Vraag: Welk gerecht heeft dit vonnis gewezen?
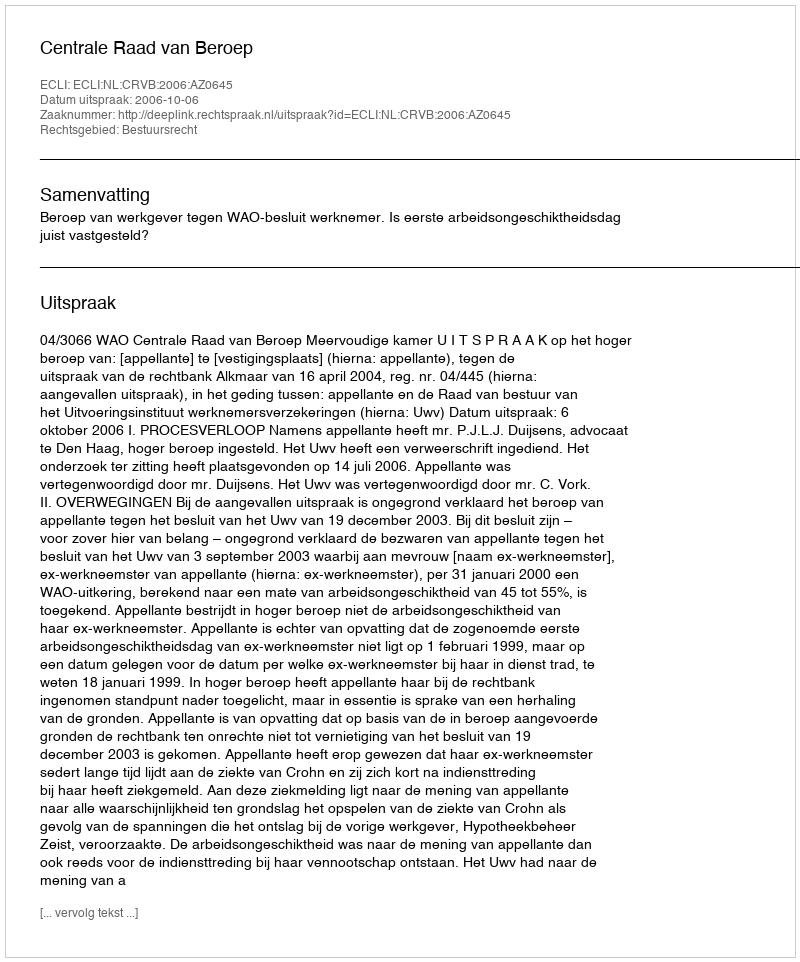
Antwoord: Centrale Raad van Beroep